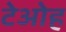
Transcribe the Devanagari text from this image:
टेओह